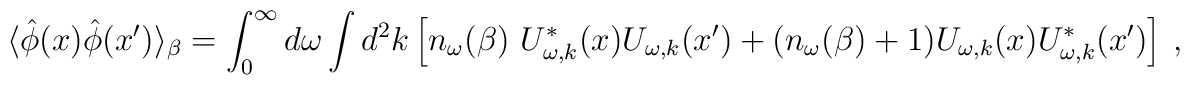
\langle \hat{\phi}(x)\hat{\phi}(x')\rangle_\beta=\int_{0}^{\infty}d\omega\int d^2k\left[n_\omega(\beta)~ U^{*}_{\omega,k}(x)U_{\omega,k}(x')+(n_\omega(\beta)+1)U_{\omega,k}(x)U^{*}_{\omega,k}(x')\right]~,